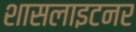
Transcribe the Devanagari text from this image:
शासलाइटनर